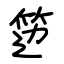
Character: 笾